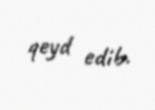
qeyd edib.